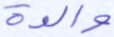
والدة